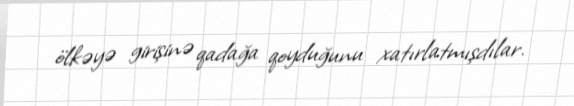
ölkəyə girişinə qadağa qoyduğunu xatırlatmışdılar.